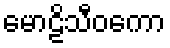
မောဠိသီဝကော